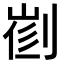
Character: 𠝦